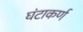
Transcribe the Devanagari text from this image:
घंटाकर्ण